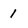
Character: 1